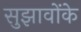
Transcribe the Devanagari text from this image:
सुझावोंके